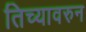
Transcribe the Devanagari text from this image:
तिच्यावरुन